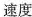
速度